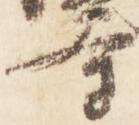
寺